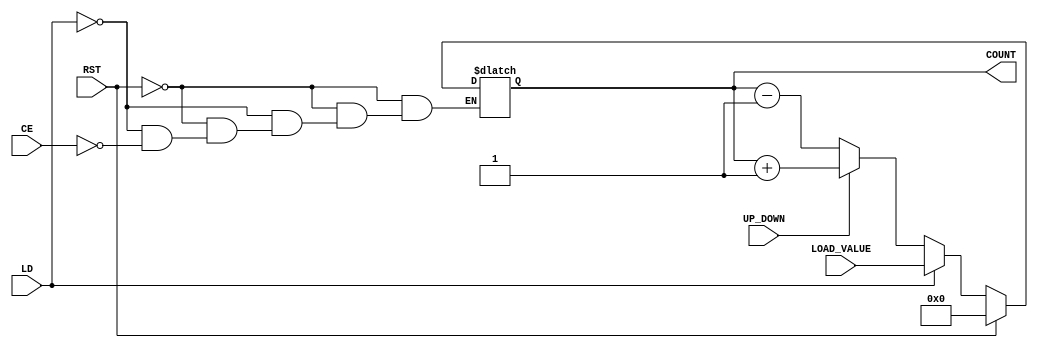
module dynamic_asynchronous_counter (
    input wire CE,          // Count Enable
    input wire RST,         // Reset
    input wire LD,          // Load
    input wire [3:0] LOAD_VALUE, // Value to load into the counter
    input wire UP_DOWN,     // Direction Control: 1 for Up, 0 for Down
    output reg [3:0] COUNT  // Current Count Output
);

    // Asynchronous reset
    always @* begin
        if (RST) begin
            COUNT = 4'b0000; // Reset the counter to zero
        end else if (LD) begin
            COUNT = LOAD_VALUE; // Load the specified value
        end else if (CE) begin
            if (UP_DOWN) begin
                COUNT = COUNT + 1; // Increment the counter
            end else begin
                COUNT = COUNT - 1; // Decrement the counter
            end
        end
    end

endmodule